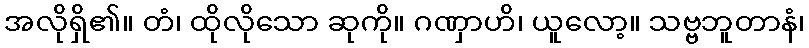
အလိုရှိ၏။ တံ၊ ထိုလိုသော ဆုကို။ ဂဏှာဟိ၊ ယူလော့။ သဗ္ဗဘူတာနံ၊